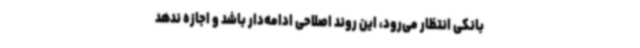
بانکی انتظار می‌رود، این روند اصلاحی ادامه‌دار باشد و اجازه ندهد